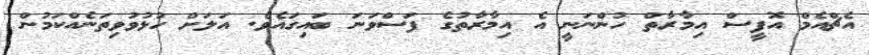
އެޗްއެމް އޮފީސް އިމާރާތް ހުންނަނީ އެ އިމާރާތުގެ ފަސްވަނަ ބައިގައެވެ. އަލަށް ހުޅުވުވިތަނެއްކަމުން